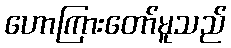
ဟောကြားတော်မူသည်